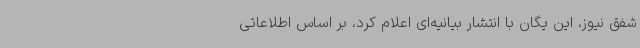
شفق نیوز، این یگان با انتشار بیانیه‌ای اعلام کرد، بر اساس اطلاعاتی